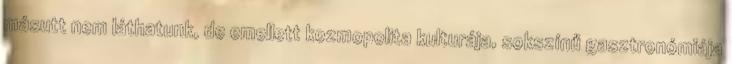
másutt nem láthatunk, de emellett kozmopolita kulturája, sokszínű gasztronómiája